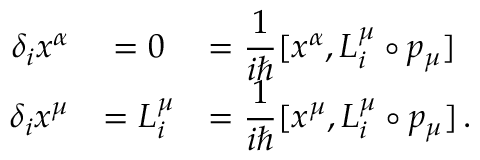
\begin{array} { r c l } { { \delta _ { i } x ^ { \alpha } } } & { { = 0 } } & { { = \displaystyle \frac { 1 } { i \hbar } [ x ^ { \alpha } , L _ { i } ^ { \mu } \circ p _ { \mu } ] } } \\ { { \delta _ { i } x ^ { \mu } } } & { { = L _ { i } ^ { \mu } } } & { { = \displaystyle \frac { 1 } { i \hbar } [ x ^ { \mu } , L _ { i } ^ { \mu } \circ p _ { \mu } ] \, . } } \end{array}